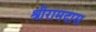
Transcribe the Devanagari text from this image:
श्रीरामदास